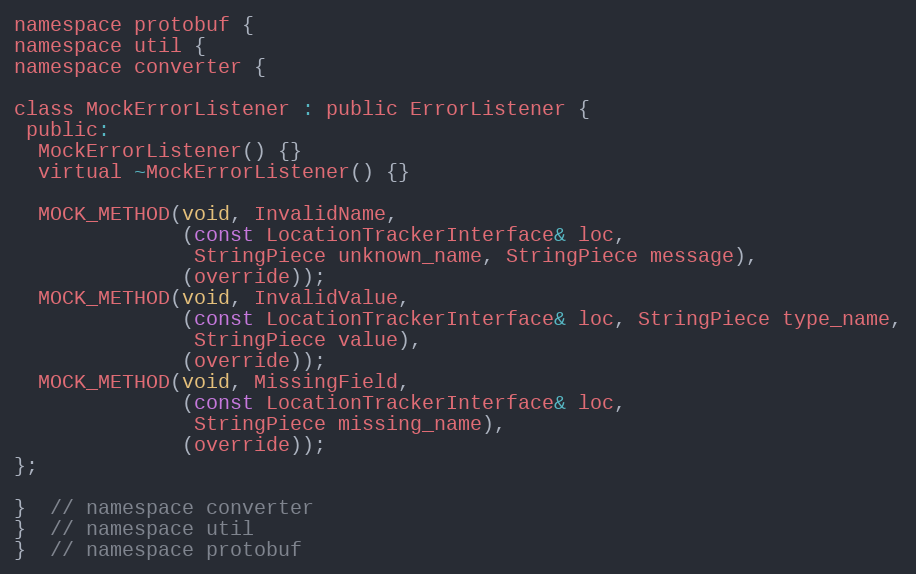
Language: C
namespace protobuf {
namespace util {
namespace converter {

class MockErrorListener : public ErrorListener {
 public:
  MockErrorListener() {}
  virtual ~MockErrorListener() {}

  MOCK_METHOD(void, InvalidName,
              (const LocationTrackerInterface& loc,
               StringPiece unknown_name, StringPiece message),
              (override));
  MOCK_METHOD(void, InvalidValue,
              (const LocationTrackerInterface& loc, StringPiece type_name,
               StringPiece value),
              (override));
  MOCK_METHOD(void, MissingField,
              (const LocationTrackerInterface& loc,
               StringPiece missing_name),
              (override));
};

}  // namespace converter
}  // namespace util
}  // namespace protobuf